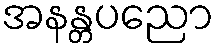
အနန္တပညော